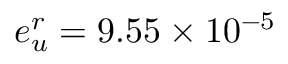
e _ { u } ^ { r } = 9 . 5 5 \times 1 0 ^ { - 5 }